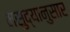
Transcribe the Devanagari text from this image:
मसुद्यानुसार